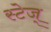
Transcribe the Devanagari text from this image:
स्टेज्